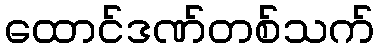
ထောင်ဒဏ်တစ်သက်